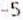
-5